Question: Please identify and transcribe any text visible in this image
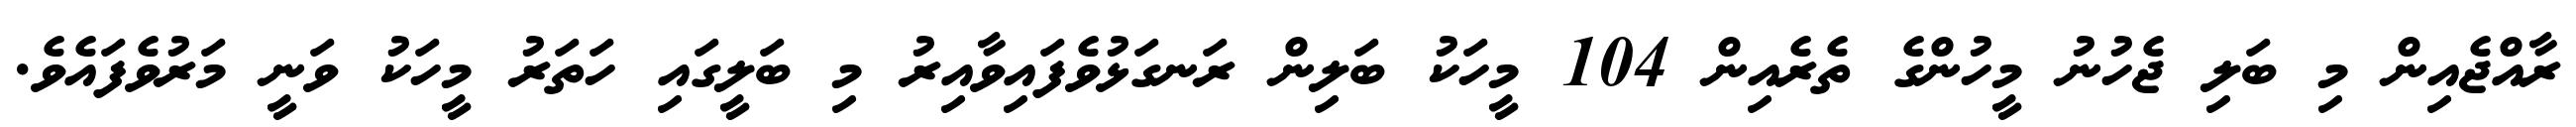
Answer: ރާއްޖެއިން މި ބަލި ޖެހުނު މީހުންގެ ތެރެއިން 104 މީހަކު ބަލިން ރަނގަޅުވެފައިވާއިރު މި ބަލީގައި ހަތަރު މީހަކު ވަނީ މަރުވެފައެވެ.